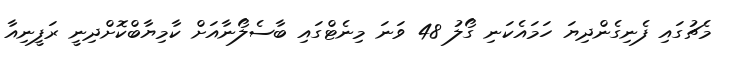
މެޗުގައި ފެނިގެންދިޔަ ހަމައެކަނި ގޯލު 48 ވަނަ މިނެޓްގައި ބާސެލޯނާއަށް ކާމިޔާބްކޮށްދިނީ ރަފީނިއާ